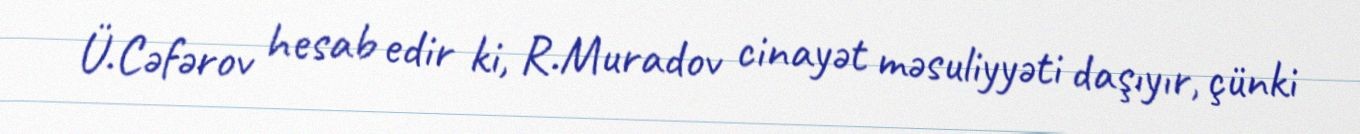
Ü.Cəfərov hesab edir ki, R.Muradov cinayət məsuliyyəti daşıyır, çünki